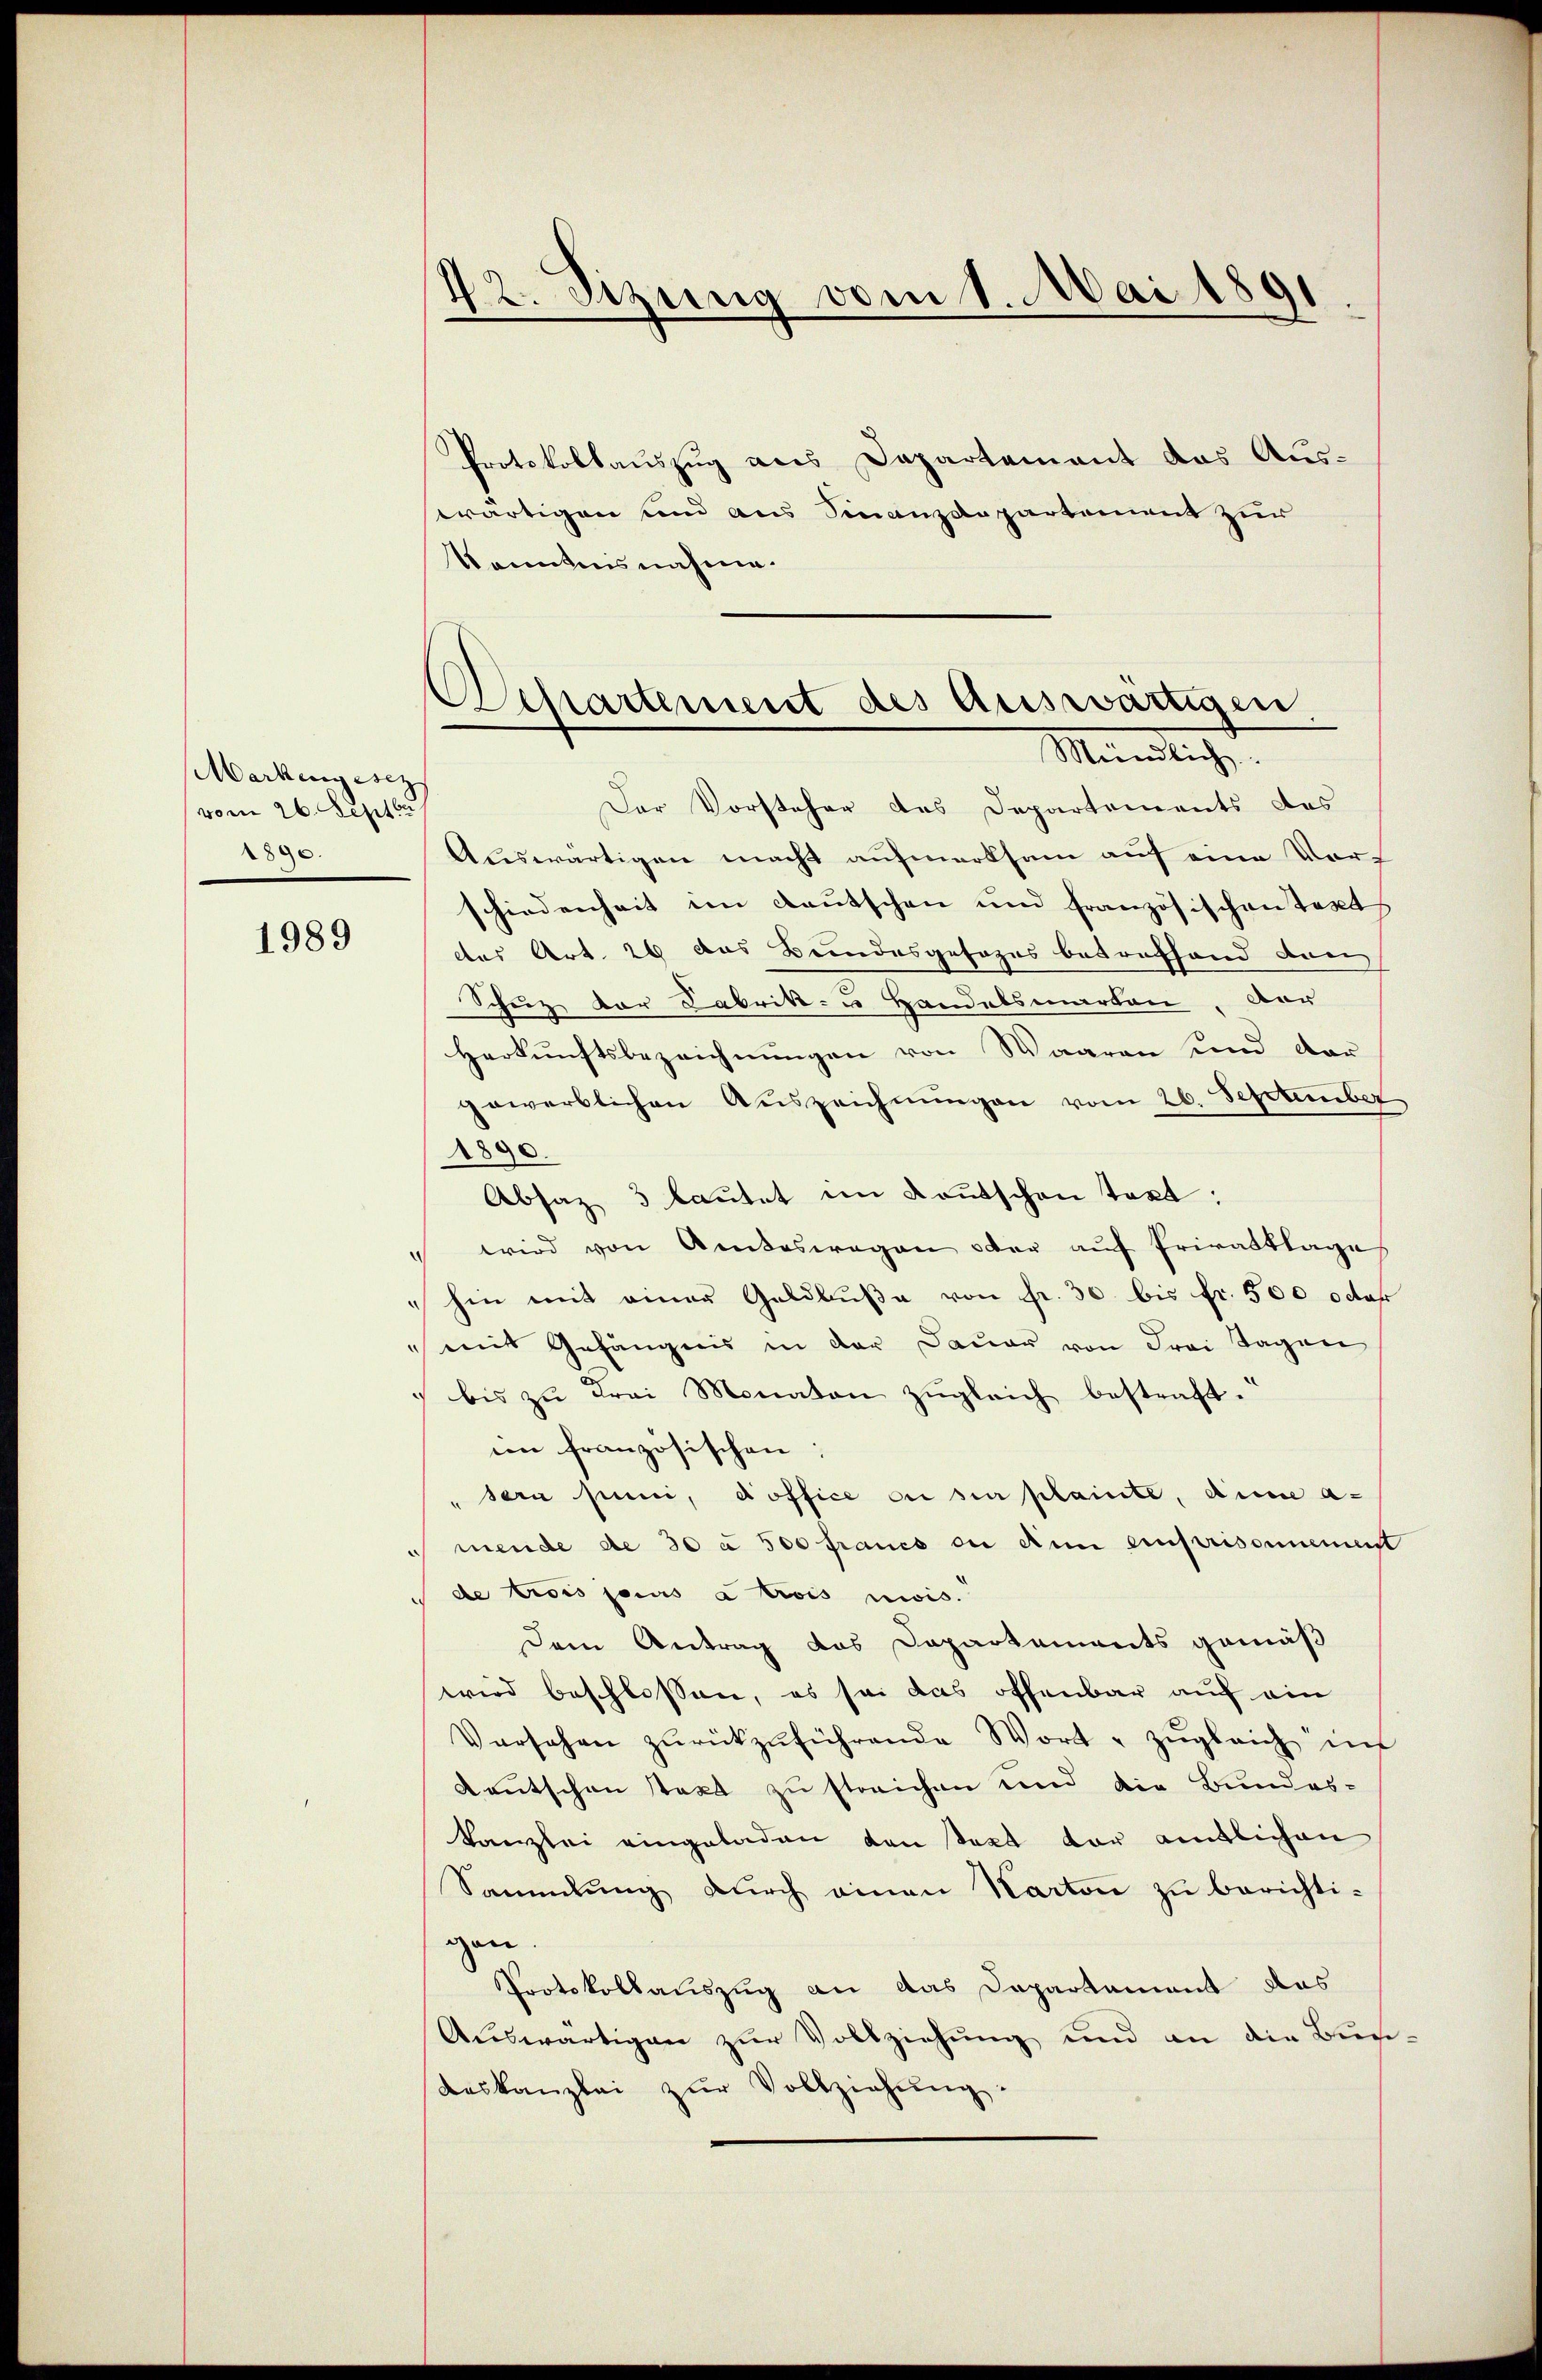
Markengesez
vom 26. Septbr
2890.

1989

42. Sizung vom 1. Mai 1891

Achartement des Auswärtigen.
Mündliche
Der Vorsteher des Departements des

Protokollauszug aus Dapartement das Ausswärtigen und aus Finanzdepartement zur
Kenntnisnahme.
Auswärtigen macht aufmerksam auf eine Vorf
schiedenheit im Lautschen und französischen Text
des Art. 26 das Beindesgesezes betreffend dan
Schutz der Fabrik- u Handelsmarken, ver
Herkunftsbezeichnungen von Waaren und dar
gewerblichen Auszeichnungen vom 26. September
1890.
Absaz 3 lautet im Kautschon text:
wird von Amteswegen oder auf Privatklages
hin mit einer Geldbuße von fr. 30 bis Fr. 500 oder
mit Gefängnis in der Dauer von Frei Tagen
bis zu Frei Monaten zugleich bestraft.“
in französischen:
"sern juni, doffice ou sie plante, die a
mende de 30 à 500 francs ou den einstrisonnement
de trois paris a trois mois.
Dem Antrag das Dapartements gemäß
wird beschlossen, es sei das offenbar auf ein
Versehen zŭrückzŭführende Wort zŭgleich in
Deutschon text zu streichen und die Bundes-
kanzlei eingeladen von Sept vor amtlichen
Sammlung dŭrch einen Karton zu berichtigen
Protokollauszug an das Dapartement das
Auswärtigen zur Vollziehung und an die Buchaeskanzlei zŭr Vollziehŭng: